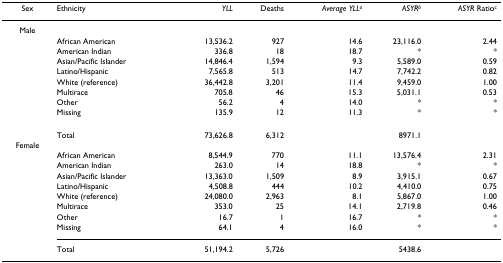
| Sex | Ethnicity | YLL | Deaths | Average YLLa | ASYRb | ASYR Ratioc |
 | --- | --- | --- | --- | --- | --- | --- |
 | Male |  |  |  |  |  |  |
 |  | African American | 13,536.2 | 927 | 14.6 | 23,116.0 | 2.44 |
 |  | American Indian | 336.8 | 18 | 18.7 | * | * |
 |  | Asian/Pacific Islander | 14,846.4 | 1,594 | 9.3 | 5,589.0 | 0.59 |
 |  | Latino/Hispanic | 7,565.8 | 513 | 14.7 | 7,742.2 | 0.82 |
 |  | White (reference) | 36,442.8 | 3,201 | 11.4 | 9,459.0 | 1.00 |
 |  | Multirace | 705.8 | 46 | 15.3 | 5,031.1 | 0.53 |
 |  | Other | 56.2 | 4 | 14.0 | * | * |
 |  | Missing | 135.9 | 12 | 11.3 | * | * |
 |  | Total | 73,626.8 | 6,312 |  | 8971.1 |  |
 | Female |  |  |  |  |  |  |
 |  | African American | 8,544.9 | 770 | 11.1 | 13,576.4 | 2.31 |
 |  | American Indian | 263.0 | 14 | 18.8 | * | * |
 |  | Asian/Pacific Islander | 13,363.0 | 1,509 | 8.9 | 3,915.1 | 0.67 |
 |  | Latino/Hispanic | 4,508.8 | 444 | 10.2 | 4,410.0 | 0.75 |
 |  | White (reference) | 24,080.0 | 2,963 | 8.1 | 5,867.0 | 1.00 |
 |  | Multirace | 353.0 | 25 | 14.1 | 2,719.8 | 0.46 |
 |  | Other | 16.7 | 1 | 16.7 | * | * |
 |  | Missing | 64.1 | 4 | 16.0 | * | * |
 |  | Total | 51,194.2 | 5,726 |  | 5438.6 |  |